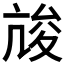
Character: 𡕧